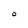
Character: O